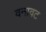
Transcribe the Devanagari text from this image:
वनावट